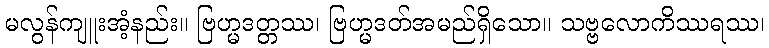
မလွန်ကျူးအံ့နည်း။ ဗြဟ္မဒတ္တဿ၊ ဗြဟ္မဒတ်အမည်ရှိသော။ သဗ္ဗလောကိဿရဿ၊